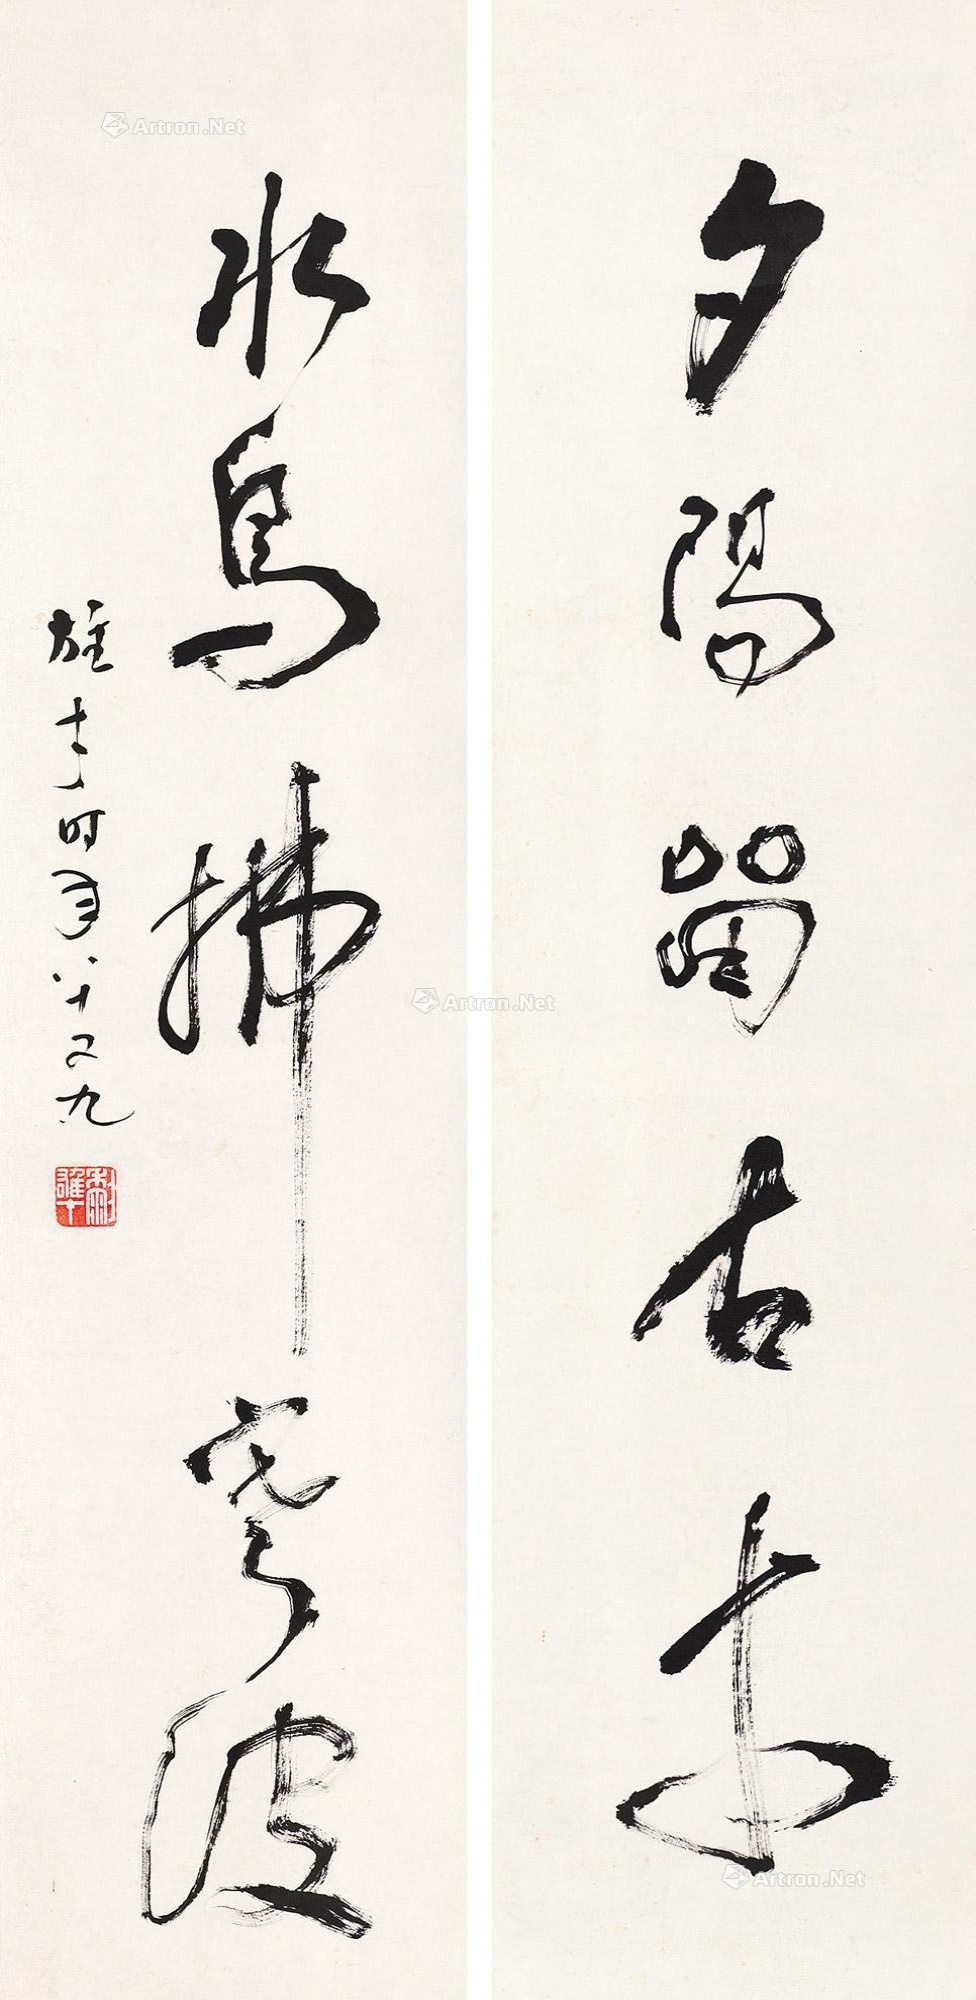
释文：夕阳留古木，水鸟拂寒波。雄才时年八十又九。